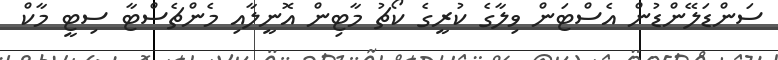
ސަންޑަލޭންޑުން އެސްޓަން ވިލާގެ ކުރީގެ ކޯޗު މާޓިން އޮނީލާއި މެންޗެސްޓާ ސިޓީ މާކް